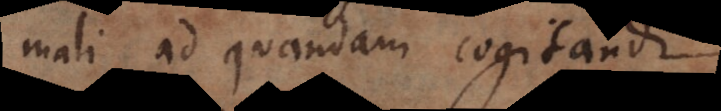
mali ad quandam cogitandi